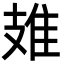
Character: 䧴